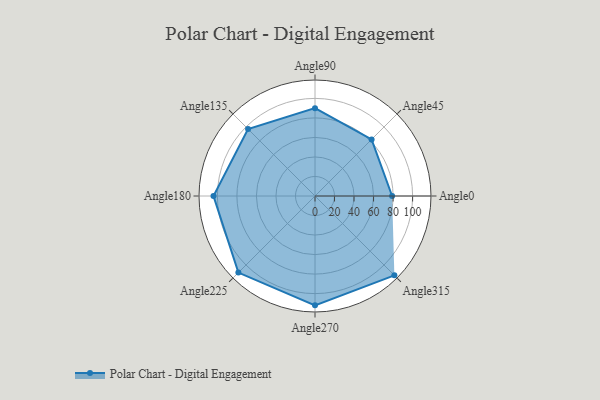
{"axis": {"x": "Angle", "y": "Radius"}, "legend": [""], "data": [{"x": "Angle0", "y": 79.0, "type": ""}, {"x": "Angle45", "y": 82.0, "type": ""}, {"x": "Angle90", "y": 90.0, "type": ""}, {"x": "Angle135", "y": 97.0, "type": ""}, {"x": "Angle180", "y": 104.0, "type": ""}, {"x": "Angle225", "y": 111.0, "type": ""}, {"x": "Angle270", "y": 112.0, "type": ""}, {"x": "Angle315", "y": 115.0, "type": ""}]}